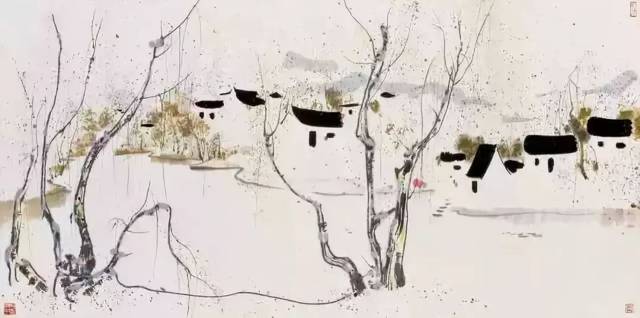
家在梦中何日到，春来江上几人还？